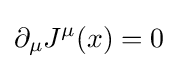
\partial _{\mu }J^{\mu }(x)=0